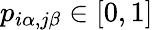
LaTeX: p_{i\alpha,j\beta}\in[0,1]